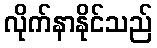
လိုက်နာနိုင်သည်